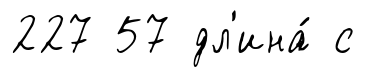
227 57 дл'ина́ с